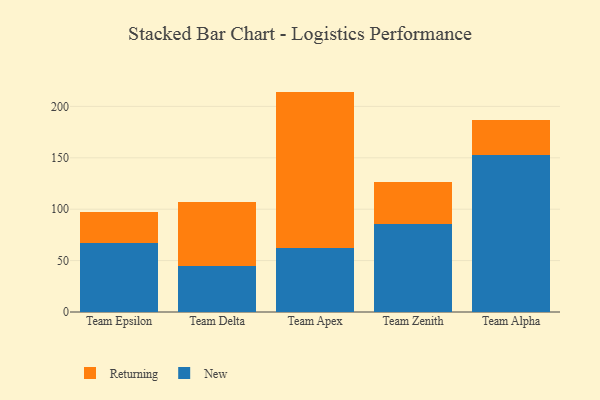
{"axis": {"x": "Team", "y": "Backlog"}, "legend": ["New", "Returning"], "data": [{"x": "Team Epsilon", "y": 66.7, "type": "New"}, {"x": "Team Epsilon", "y": 31.0, "type": "Returning"}, {"x": "Team Delta", "y": 44.5, "type": "New"}, {"x": "Team Delta", "y": 62.4, "type": "Returning"}, {"x": "Team Apex", "y": 62.1, "type": "New"}, {"x": "Team Apex", "y": 152.3, "type": "Returning"}, {"x": "Team Zenith", "y": 85.8, "type": "New"}, {"x": "Team Zenith", "y": 40.9, "type": "Returning"}, {"x": "Team Alpha", "y": 152.3, "type": "New"}, {"x": "Team Alpha", "y": 34.9, "type": "Returning"}]}